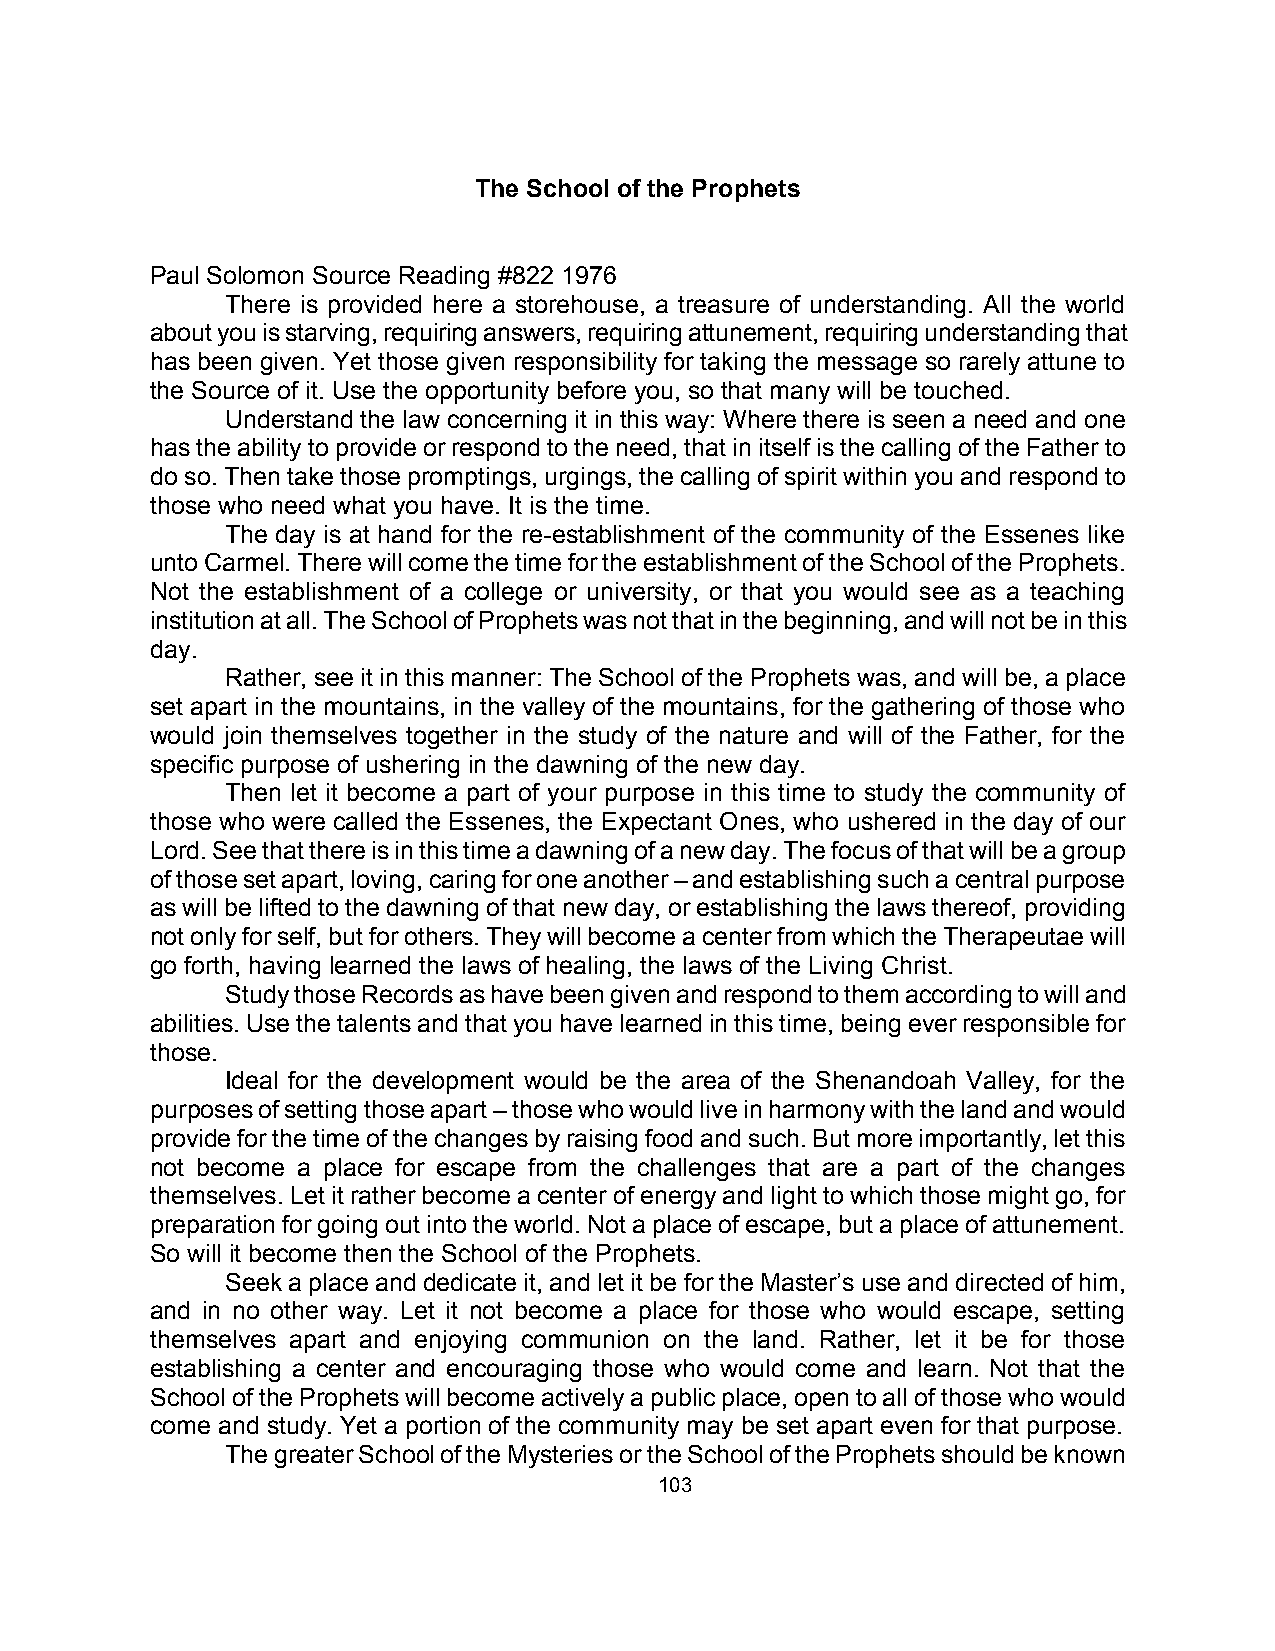
The School of the Prophets
 Paul Solomon Source Reading #822 1976
 There is provided here a storehouse, a treasure of understanding. All the world
 about you is starving, requiring answers, requiring attunement, requiring understanding that
 has been given. Yet those given responsibility for taking the message so rarely attune to
 the Source of it. Use the opportunity before you, so that many will be touched.
 Understand the law concerning it in this way: Where there is seen a need and one
 has the ability to provide or respond to the need, that in itself is the calling of the Father to
 do so. Then take those promptings, urgings, the calling of spirit within you and respond to
 those who need what you have. It is the time.
 The day is at hand for the re-establishment of the community of the Essenes like
 unto Carmel. There will come the time for the establishment of the School of the Prophets.
 Not the establishment of a college or university, or that you would see as a teaching
 institution at all. The School of Prophets was not that in the beginning, and will not be in this
 day.
 Rather, see it in this manner: The School of the Prophets was, and will be, a place
 set apart in the mountains, in the valley of the mountains, for the gathering of those who
 would join themselves together in the study of the nature and will of the Father, for the
 specific purpose of ushering in the dawning of the new day.
 Then let it become a part of your purpose in this time to study the community of
 those who were called the Essenes, the Expectant Ones, who ushered in the day of our
 Lord. See that there is in this time a dawning of a new day. The focus of that will be a group
 of those set apart, loving, caring for one another – and establishing such a central purpose
 as will be lifted to the dawning of that new day, or establishing the laws thereof, providing
 not only for self, but for others. They will become a center from which the Therapeutae will
 go forth, having learned the laws of healing, the laws of the Living Christ.
 Study those Records as have been given and respond to them according to will and
 abilities. Use the talents and that you have learned in this time, being ever responsible for
 those.
 Ideal for the development would be the area of the Shenandoah Valley, for the
 purposes of setting those apart – those who would live in harmony with the land and would
 provide for the time of the changes by raising food and such. But more importantly, let this
 not become a place for escape from the challenges that are a part of the changes
 themselves. Let it rather become a center of energy and light to which those might go, for
 preparation for going out into the world. Not a place of escape, but a place of attunement.
 So will it become then the School of the Prophets.
 Seek a place and dedicate it, and let it be for the Master’s use and directed of him,
 and in no other way. Let it not become a place for those who would escape, setting
 themselves apart and enjoying communion on the land. Rather, let it be for those
 establishing a center and encouraging those who would come and learn. Not that the
 School of the Prophets will become actively a public place, open to all of those who would
 come and study. Yet a portion of the community may be set apart even for that purpose.
 The greater School of the Mysteries or the School of the Prophets should be known
 103